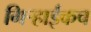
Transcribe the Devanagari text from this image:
गिर्‍हाईकच